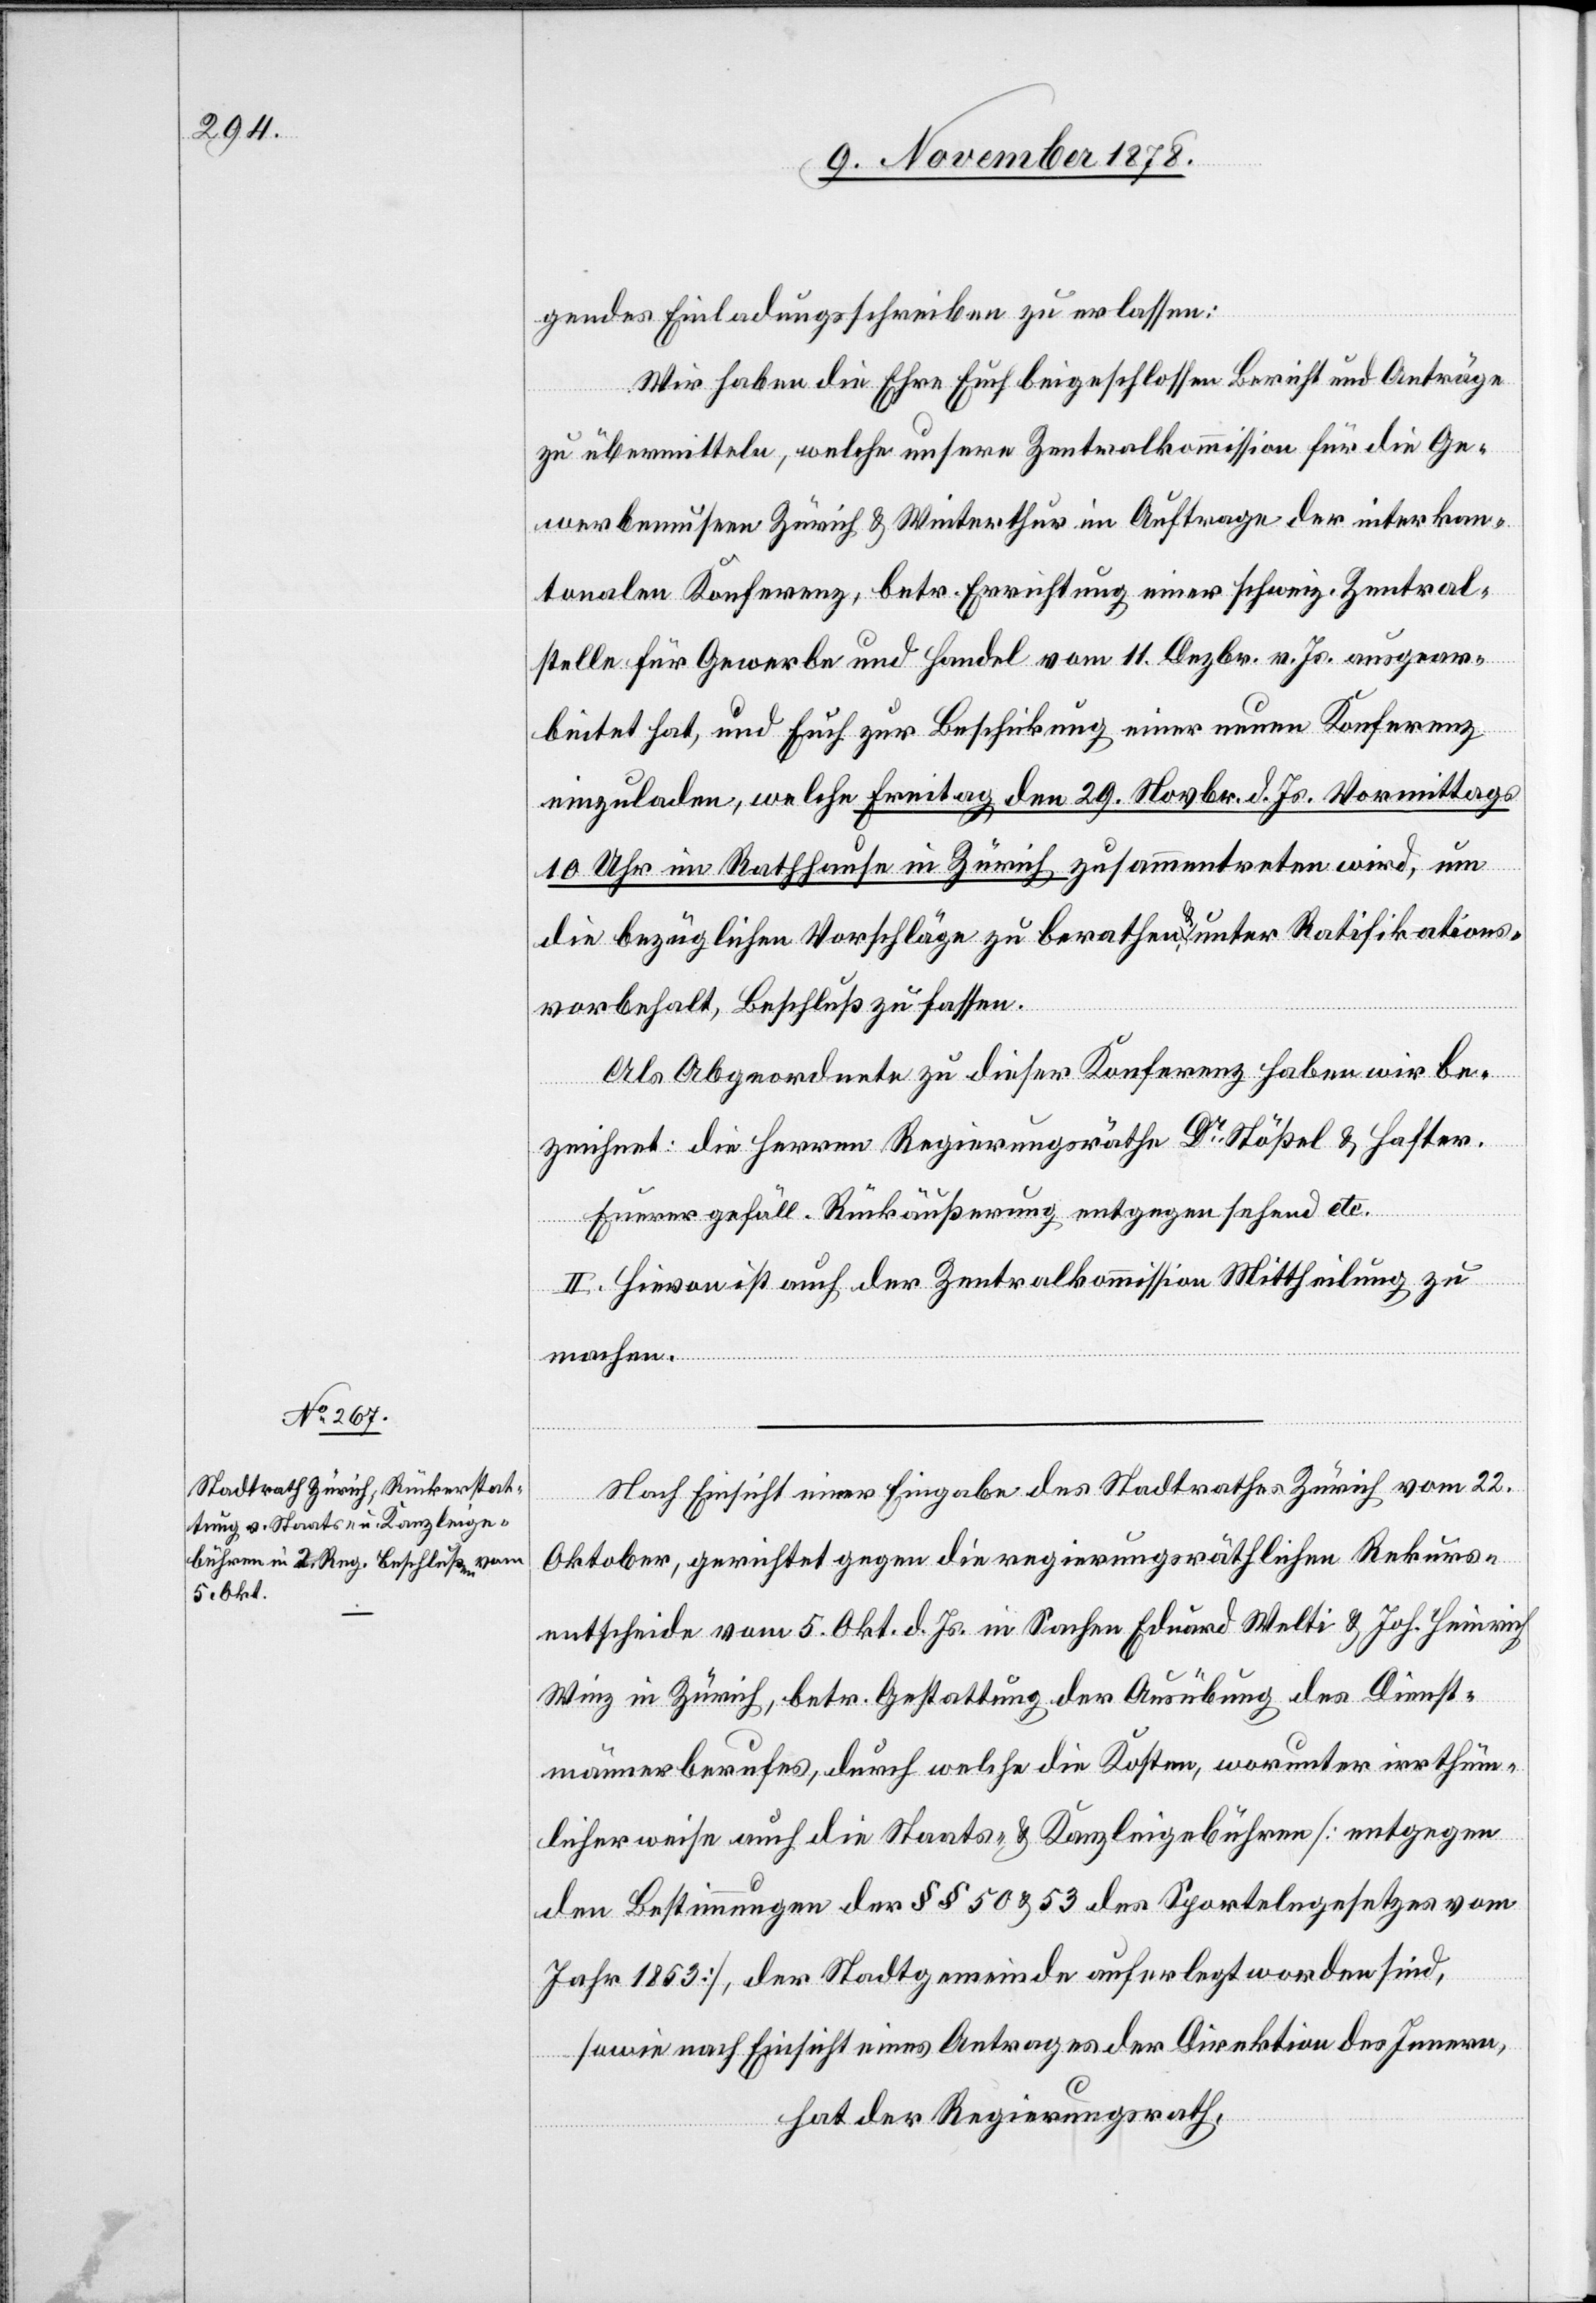
gendes Einladungsschreiben zu erlassen:
Wir haben die Ehre durch Euch beigeschlossen Bericht und Anträge
zu übermitteln, welche unsere Zentralkommission für die Ge¬
webemuseen Zürich & Winterthur im Auftrage der interkan¬
tonalen Konferenz, betr. Errichtung einer schweiz. Zentral¬
stelle für Gewerbe und Handel vom 11. Dezbr. v. Js. ausgear¬
beitet hat, und Euch zur Beschickung einer neuen Konferenz
einzuladen, welche Freitag, den 29. Novbr. d. Js. Vormittags
10 Uhr im Rathause in Zürich zusammentreten wird, um
die bezüglichen Vorschläge zu berathen & unter Ratifikations¬
vorbehalt, Beschluß zu fassen.
Als Abgeordnete zu dieser Konferenz haben wir be¬
zeichnet: die Herren Regierungsräthe Dr Stößel & Hafter.
Euerer gefäll. Rückäußerung entgegen sehend etc.
II. Hievon ist auch der Zentralkommission Mittheilung zu
machen.
Nach Einsicht einer Eingabe des Stadtrathes Zürich vom 22.
Oktober, gerichtet gegen die regierungsräthliche Rekurs¬
entscheide vom 5. Okt. d. Js. in Sachen Eduard Welti & Joh. Heinrich
Winz in Zürich, betr. Gestattung der Ausübung des Dienst¬
männerberufes, durch welche die Kosten, worunter irrthüm¬
licherweise auch die Staats- & Kanzleigebühren [entgegen
den Bestimmungen der §§ 50 & 53 des Sportelngesetzes vom
Jahr 1853], der Stadtgemeinde auferlegt worden sind,
sowie nach Einsicht eines Antrages der Direktion des Innern,
hat der Regierungsrath,